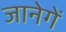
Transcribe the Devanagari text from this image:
जानेगें